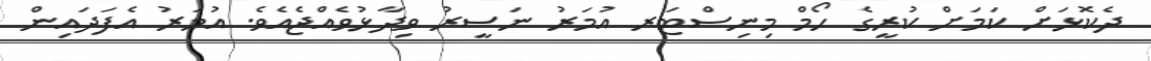
ދެކޮޅަށް ކަމަށް ކުރީގެ ހޯމް މިނިސްޓަރ އުމަރު ނަސީރު ވިދާޅުވެއްޖެއެވެ. އުމަރު އެފަދައިން